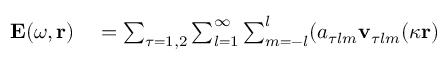
\begin{array} { r l } { \mathbf { E } ( \omega , \mathbf { r } ) } & { { } = \sum _ { \tau = 1 , 2 } \sum _ { l = 1 } ^ { \infty } \sum _ { m = - l } ^ { l } ( a _ { \tau l m } \mathbf { v } _ { \tau l m } ( \kappa \mathbf { r } ) } \end{array}